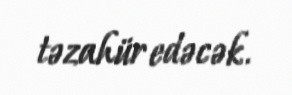
təzahür edəcək.